Lunatic asylums Central Provinces reports 1886-1894 - 1886-1894
Year: 1886
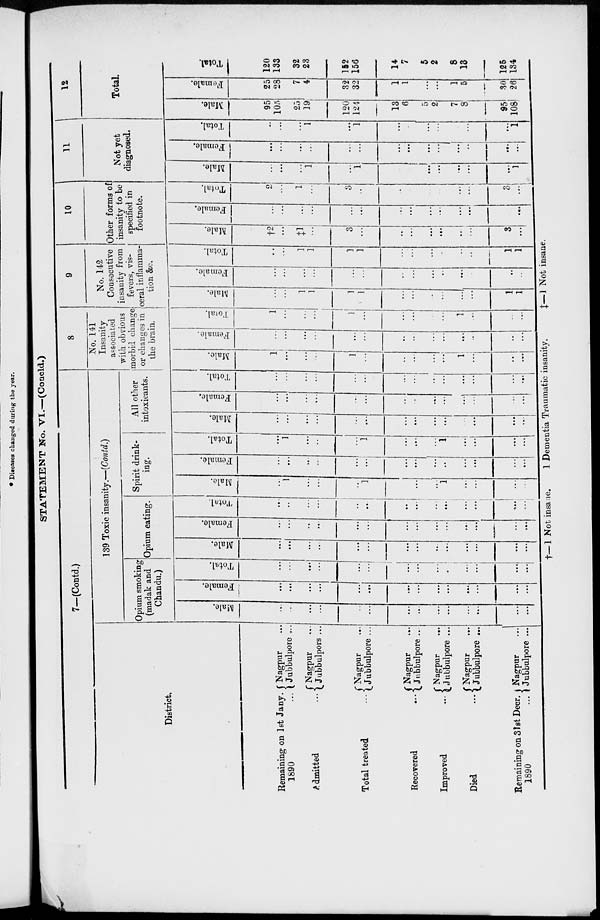
STATEMENT No. VI.—(Concld.)
7—(Contd.)
District.
Remaining on 1st Jany.
1890 ...
Admitted ...
Total treated ...
Recovered
...
Improved
...
Died
...
Remaining on 31st Decr.
1890
...
Nagpur ...
Jubbulpore ...
Nagpur ...
Jubbulpors ...
Nagpur ...
Jubbulpore ...
Nagpur ...
Jubbulpore ...
Nagpur ...
Jubbulpore ...
Nagpur ...
Jubbulpore ...
Nagpur ...
Jubbulpore ...
139 Toxic insanity.—(Contd.)
Opium smoking
(madak and
Chandu.)
Male.
...
...
...
...
...
...
...
...
...
...
...
...
...
Female.
...
...
...
...
...
...
...
...
...
...
...
...
...
...
Total.
...
...
...
...
...
...
...
...
...
...
...
...
...
...
Opium eating.
Male.
...
...
...
...
...
...
...
...
...
...
...
...
...
...
Female.
...
...
...
...
...
...
...
...
...
...
...
...
...
...
Total.
...
...
...
...
...
...
...
...
...
...
...
...
...
...
Spirit drink-
ing.
Male.
...
1
...
...
...
1
...
...
...
1
...
...
...
...
Female.
...
...
...
...
...
...
...
...
...
...
...
...
...
...
Total.
...
1
...
...
...
1
...
...
...
1
...
...
...
...
All other
intoxicants.
Male.
...
...
...
...
...
...
...
...
...
...
...
...
...
...
Female.
...
...
...
...
...
...
...
...
...
...
...
...
...
...
Total.
...
...
...
...
...
...
...
...
...
...
...
...
...
...
8
No. 141
Insanity
associated
with obvious
morbid change
or changes in
the brain.
Male.
1
...
...
...
1
...
...
...
...
...
1
...
...
...
Female.
...
...
...
...
...
...
...
...
...
...
...
...
...
...
Total.
1
...
...
...
1
...
...
...
...
...
1
...
...
...
9
No. 142
Consecutive
insanity from
fevers, vis-
ceral inflamma-
tion &c.
Male.
...
...
1
1
1
1
...
...
...
...
...
...
1
1
Female.
...
...
...
...
...
...
...
...
...
...
...
...
...
...
Total.
...
...
1
1
1
1
...
...
...
...
...
...
1
1
10
Other forms of
insanity to be
specified in
footnote.
Male.
†2
...
‡1
...
3
...
...
...
...
...
...
...
3
...
Female.
...
...
...
...
...
...
...
...
...
...
...
...
...
...
Total.
2
...
1
...
3
...
...
...
...
...
...
...
3
...
11
Not yet
diagnosed.
Male.
...
...
...
1
...
1
...
...
...
...
...
...
...
1
Female.
...
...
...
...
...
...
...
...
...
...
...
...
...
...
Total.
...
...
...
1
...
1
...
...
...
...
...
...
...
1
12
Total.
Male.
95
105
25
19
120
124
13
6
5
2
7
8
95
108
Female.
25
28
7
4
32
32
1
1
...
...
1
5
30
26
Total
120
133
32
23
152
156
14
7
5
2
8
13
125
134
†—1 Not insane.
1 Dementia Traumatic insanity.
‡—1
Not insane.